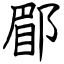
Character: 郿